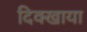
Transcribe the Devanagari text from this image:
दिक्खाया